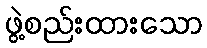
ဖွဲ့စည်းထားသော